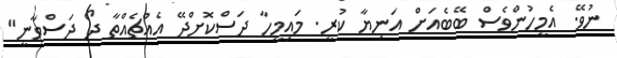
ނުވޭ. އެމީހުންވެސް ބޭބެއަށް އަނިޔާ ކުރީ. މައިމީހާ ދަސްކޮށްދޭ އެއްޗެއްތާ ދޯ ދަސްވާނީ"